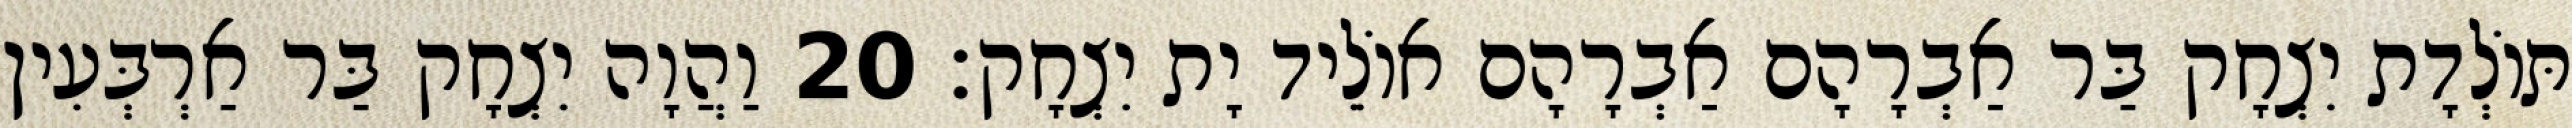
תּוֹלְדָת יִצְחָק בַּר אַבְרָהָם אַבְרָהָם אוֹלֵיד יָת יִצְחָק׃ 20 וַהֲוָה יִצְחָק בַּר אַרְבְּעִין